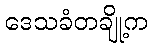
ဒေသခံတချို့က